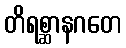
တိရစ္ဆာနဂတေ